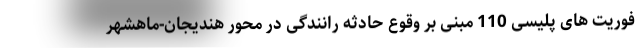
فوریت های پلیسی 110 مبنی بر وقوع حادثه رانندگی در محور هندیجان-ماهشهر